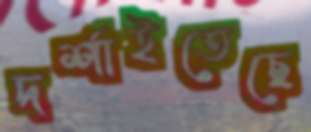
দর্শাইতেছে